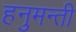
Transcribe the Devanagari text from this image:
हनुमन्ती